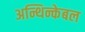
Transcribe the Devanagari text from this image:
अन्थिन्केबल